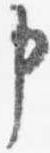
申